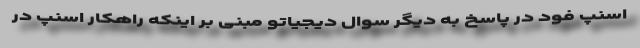
اسنپ فود در پاسخ به دیگر سوال دیجیاتو مبنی بر اینکه راهکار اسنپ در